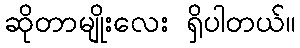
ဆိုတာမျိုးလေး ရှိပါတယ်။